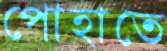
পোহাতে